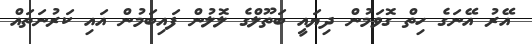
އޭރު އޭނަގެ ހިތް ގޮވަމުން ދިޔައީ ބަތޫލްގެ ލޮލުން ފައިބަމުން އައި ކަރުނަތައް